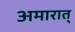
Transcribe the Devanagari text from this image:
अमारात्